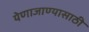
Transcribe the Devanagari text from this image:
येणाजाण्यासाठी